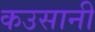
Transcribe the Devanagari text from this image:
कउसानी